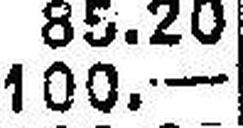
100.—